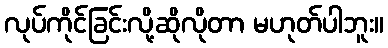
လုပ်ကိုင်ခြင်းလို့ဆိုလိုတာ မဟုတ်ပါဘူး။